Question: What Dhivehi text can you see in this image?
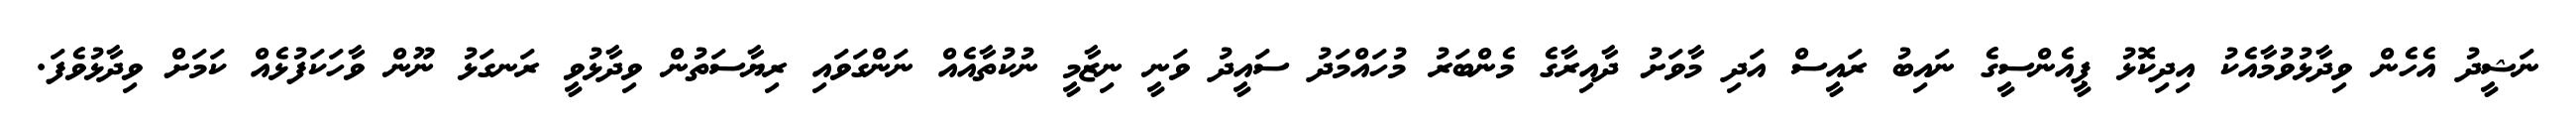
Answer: ނަޝީދު އެހެން ވިދާޅުވުމާއެކު އިދިކޮޅު ޕީއެންސީގެ ނައިބު ރައީސް އަދި މާވަށު ދާއިރާގެ މެންބަރު މުހައްމަދު ސައީދު ވަނީ ނިޒާމީ ނުކުތާއެއް ނަންގަވައި ރިޔާސަތުން ވިދާޅުވީ ރަނގަޅު ނޫން ވާހަކަފުޅެއް ކަމަށް ވިދާޅުވެފަ.